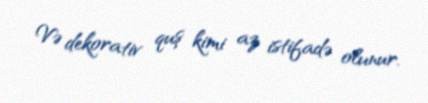
Və dekorativ quş kimi az istifadə olunur.